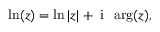
\ln ( z ) = \ln | z | + \mathrm { ~ i ~ } \, \arg ( z ) ,